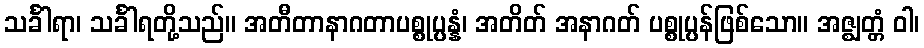
သင်္ခါရာ၊ သင်္ခါရတို့သည်။ အတီတာနာဂတာပစ္စုပ္ပန္နံ၊ အတိတ် အနာဂတ် ပစ္စုပ္ပန်ဖြစ်သော။ အဇ္ဈတ္တံ ဝါ၊